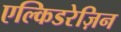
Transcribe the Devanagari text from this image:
एल्किडरेज़िन